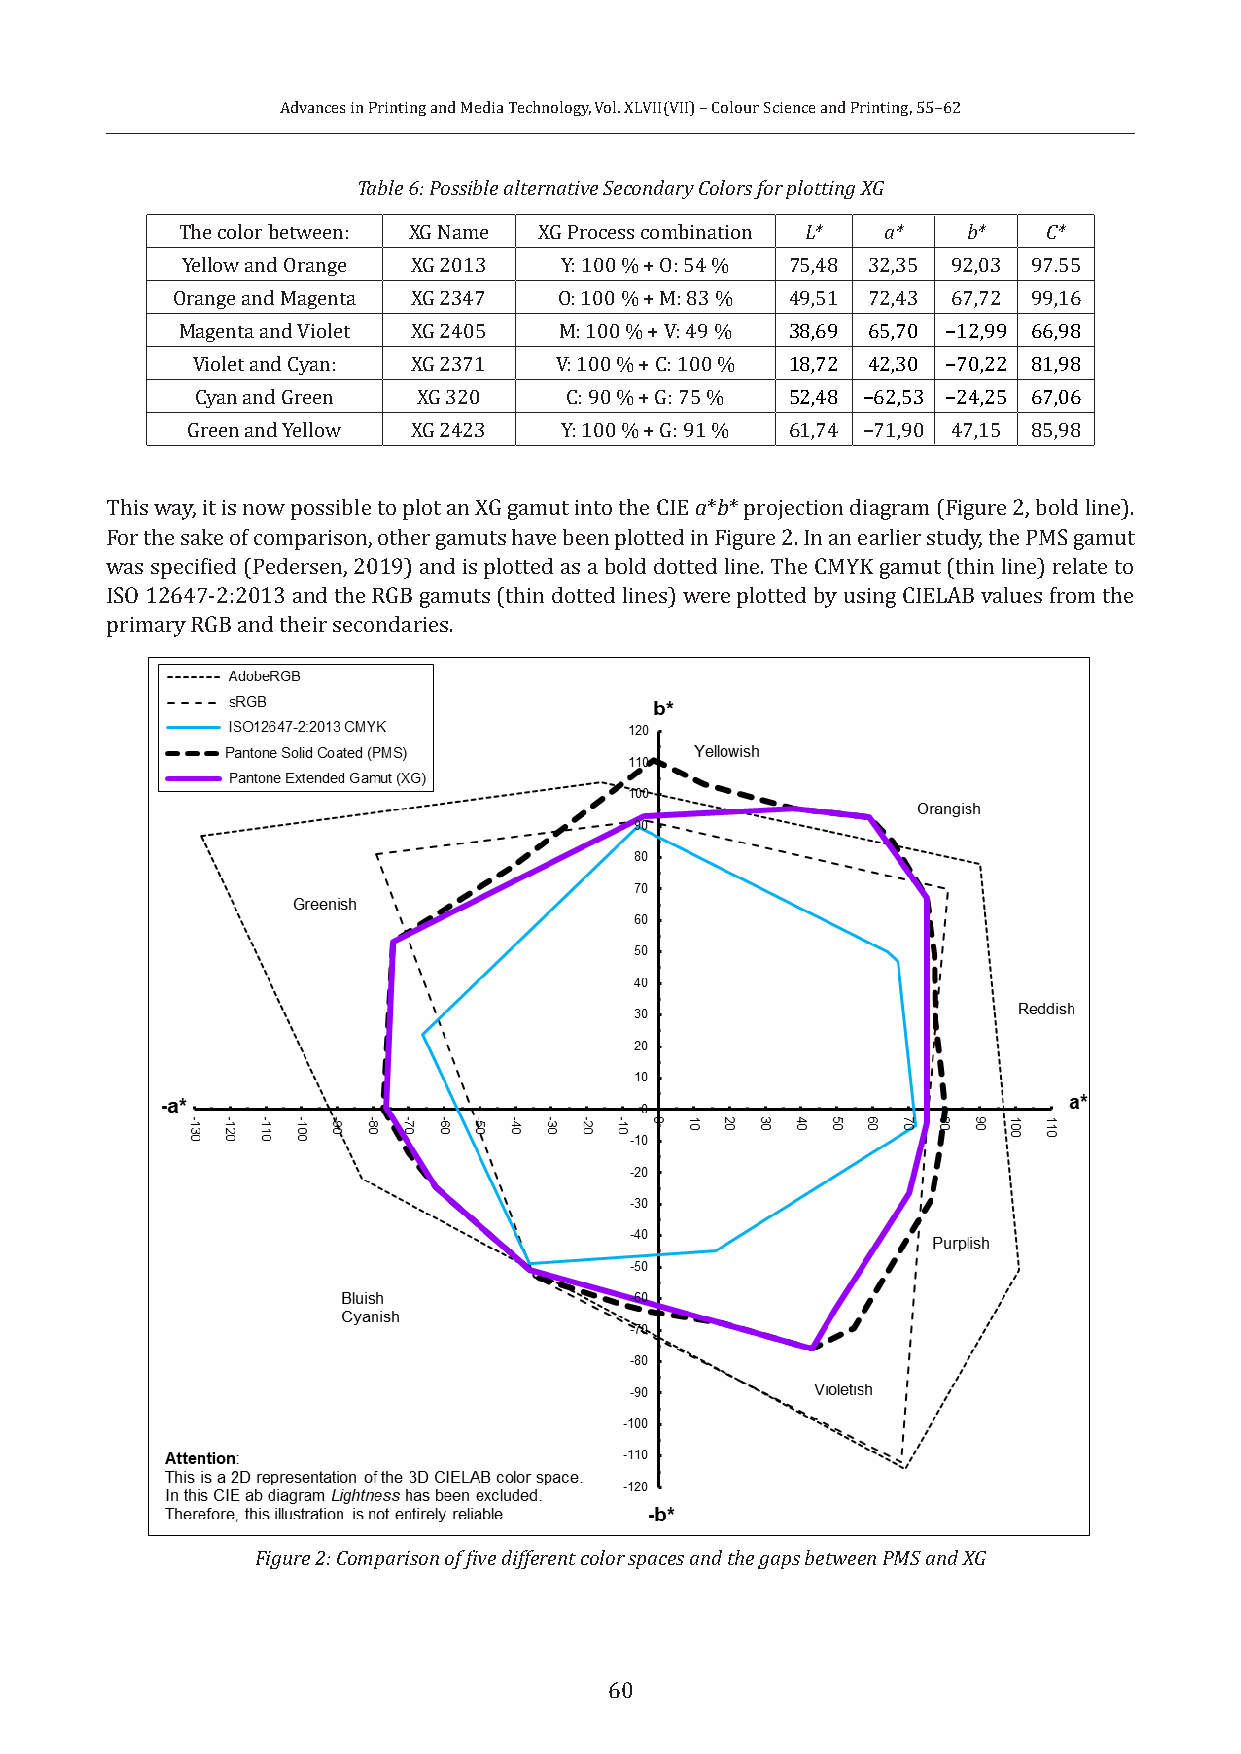
Advances in Printing and Media Technology, Vol. XLVII(VII) – Colour Science and Printing, 55–62
 Table 6: Possible alternative Secondary Colors for plotting XG
 The color between: XG Name XG Process combination L* a* b* C*
 Yellow and Orange XG 2013 Y: 100 % + O: 54 % 75,48 32,35 92,03 97.55
 Orange and Magenta XG 2347 O: 100 % + M: 83 % 49,51 72,43 67,72 99,16
 Magenta and Violet XG 2405 M: 100 % + V: 49 % 38,69 65,70 −12,99 66,98
 Violet and Cyan: XG 2371 V: 100 % + C: 100 % 18,72 42,30 −70,22 81,98
 Cyan and Green XG 320   C: 90 % + G: 75 % 52,48 −62,53 −24,25 67,06
 Green and Yellow XG 2423 Y: 100 % + G: 91 % 61,74 −71,90 47,15 85,98
 This way, it is now possible to plot an XG gamut into the CIE a*b* projection diagram (Figure 2, bold line).
 For the sake of comparison, other gamuts have been plotted in Figure 2. In an earlier study, the PMS gamut
 was specified (Pedersen, 2019) and is plotted as a bold dotted line. The CMYK gamut (thin line) relate to
 ISO 12647-2:2013 and the RGB gamuts (thin dotted lines) were plotted by using CIELAB values from the
 primary RGB and their secondaries.
 Figure 2: Comparison of five different color spaces and the gaps between PMS and XG
 60